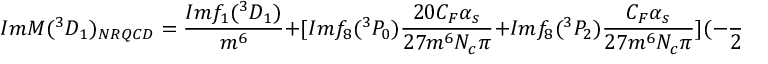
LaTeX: I m { \cal M } ( ^ { 3 } D _ { 1 } ) _ { N R Q C D } = \frac { I m f _ { 1 } ( ^ { 3 } D _ { 1 } ) } { m ^ { 6 } } + [ I m f _ { 8 } ( ^ { 3 } P _ { 0 } ) \frac { 2 0 C _ { F } \alpha _ { s } } { 2 7 m ^ { 6 } N _ { c } \pi } + I m f _ { 8 } ( ^ { 3 } P _ { 2 } ) \frac { C _ { F } \alpha _ { s } } { 2 7 m ^ { 6 } N _ { c } \pi } ] ( - \frac { 1 } { 2 \epsilon _ { I R } } + \frac { 1 } { 2 \epsilon _ { U V } } ) ,